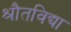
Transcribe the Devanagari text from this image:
श्रौतविद्या